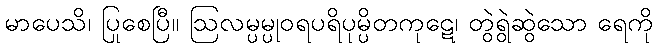
မာပေသိ၊ ပြုစေပြီ။ ဩလမ္ပမ္ပုဝရပရိပုမ္ပိတကုဋေ၊ တွဲရွဲဆွဲသော ရေကို